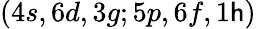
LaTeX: (4s,6d,3g;5p,6f,1\mathsf{h})